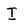
Character: I